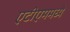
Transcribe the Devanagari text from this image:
एटीएममध्ये